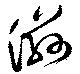
滋